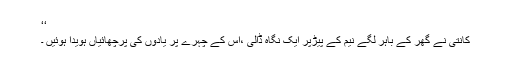
‘‘
کانتی نے گھر کے باہر لگے نیم کے پیڑپر ایک نگاہ ڈالی ،اس کے چہرے پر یادوں کی پرچھائیاں ہویدا ہوئیں ۔